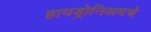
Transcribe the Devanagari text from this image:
हायड्रोनिअमचे